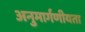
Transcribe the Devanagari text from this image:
अनुमार्गणीयता